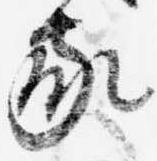
家